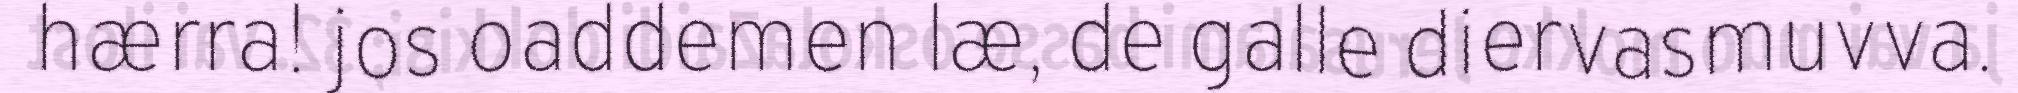
hærra! jos oaddemen læ, de galle diervasmuvva.